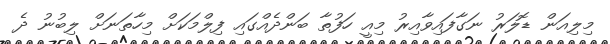
މިލިއަން ޑޮލަރު ނަގާފައިވާއިރު މިއީ ހަފުތާ ބަންދެއްގައި ފިލްމަކަށް މިހާތަނަށް ލިބުނު ދެ